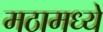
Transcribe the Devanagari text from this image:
मठामध्ये